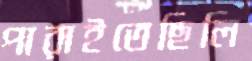
পারাইতেছিলি